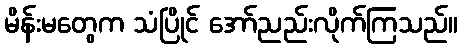
မိန်းမတွေက သံပြိုင် အော်ညည်းလိုက်ကြသည်။